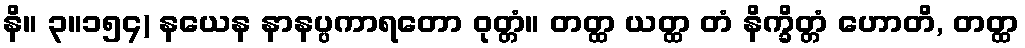
နိ။ ၃။၁၅၄) နယေန နာနပ္ပကာရတော ဝုတ္တံ။ တတ္ထ ယတ္ထ တံ နိက္ခိတ္တံ ဟောတိ, တတ္ထ